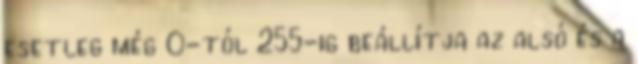
esetleg még 0-tól 255-ig beállítja az alsó és a